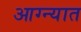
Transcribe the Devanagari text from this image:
आग्न्यात